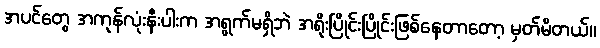
အပင်တွေ အကုန်လုံးနီးပါးက အရွက်မရှိဘဲ အရိုးပြိုင်းပြိုင်းဖြစ်နေတာတော့ မှတ်မိတယ်။